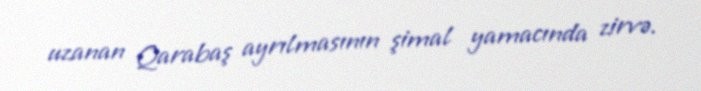
uzanan Qarabaş ayrılmasının şimal yamacında zirvə.